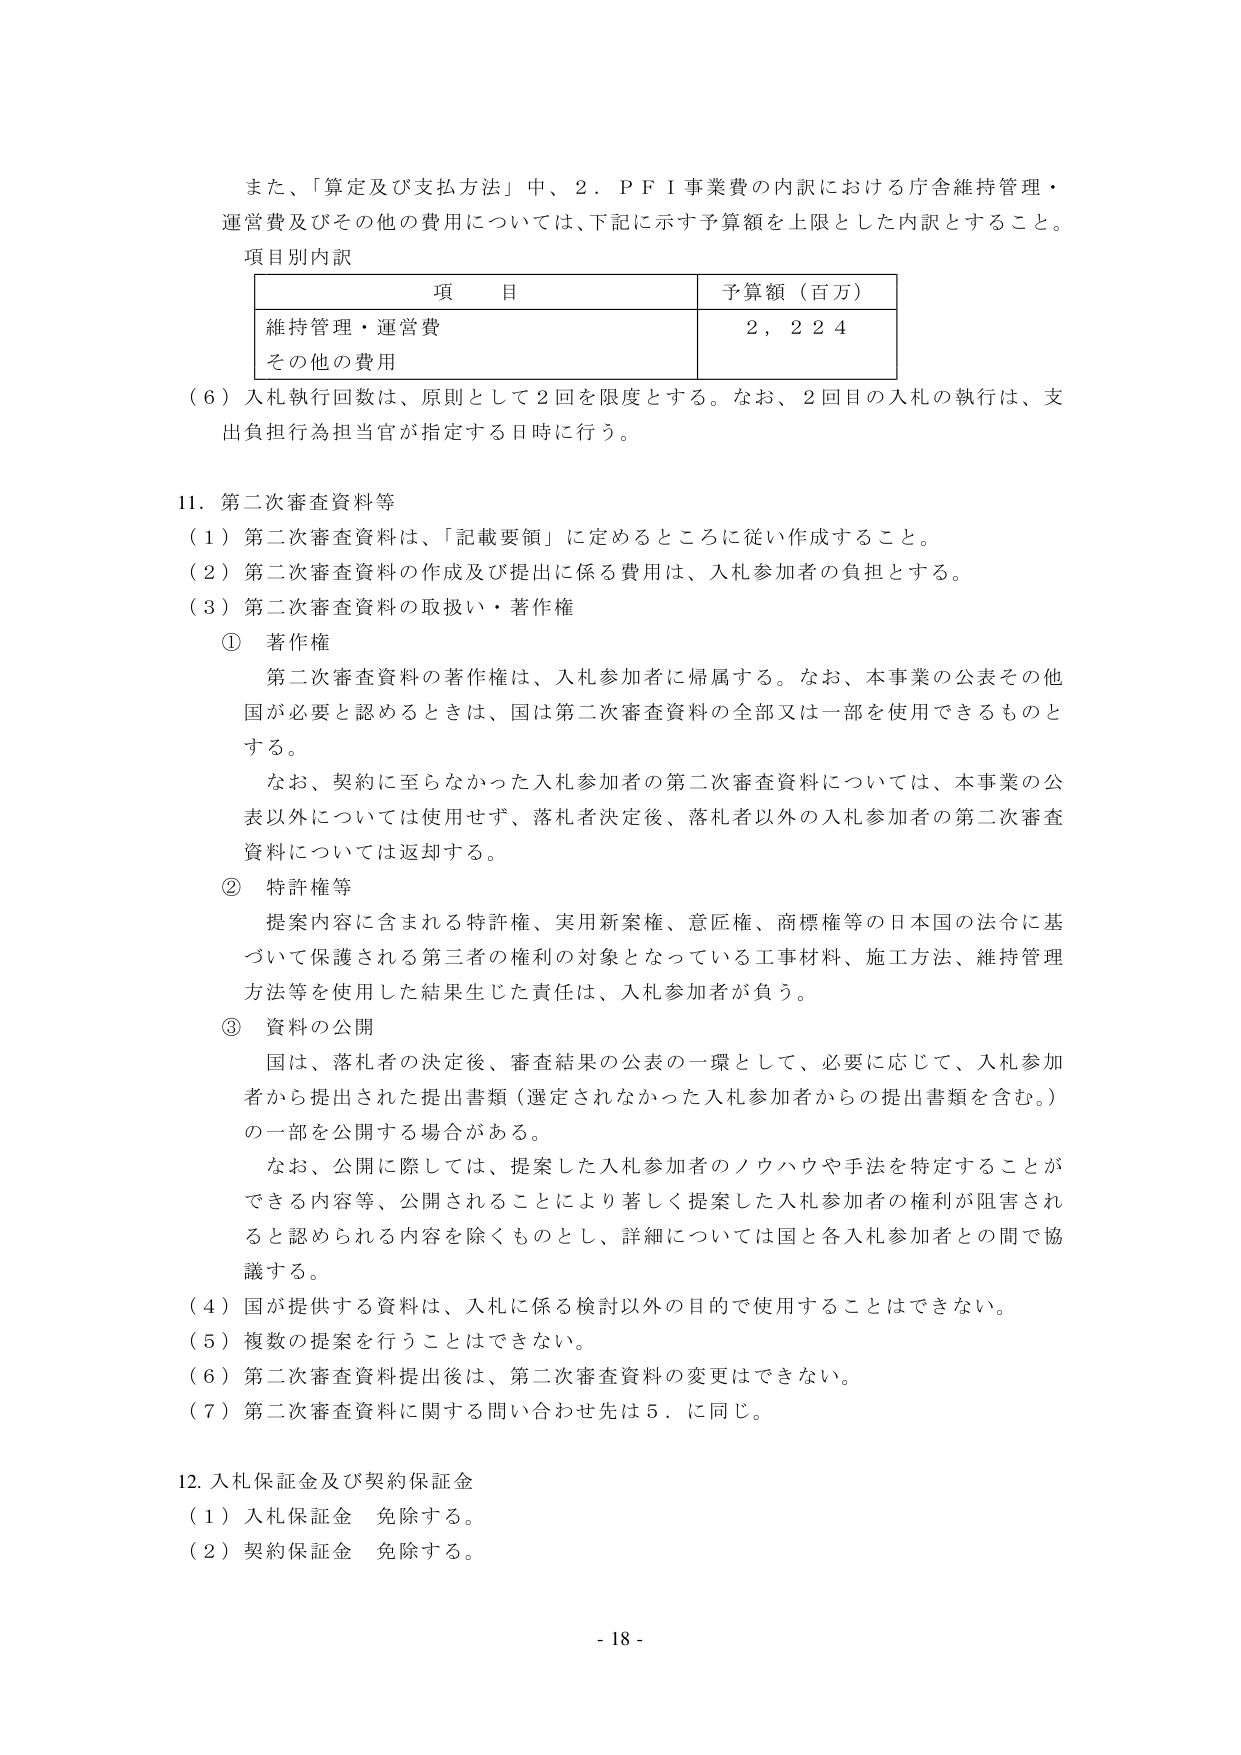
また、「算定及び支払方法」中、２．ＰＦＩ事業費の内訳における庁舎維持管理・運営費及びその他の費用については、下記に示す予算額を上限とした内訳とすること。

項目別内訳

| 項目 | 予算額（百万） |
|------|----------------|
| 維持管理・運営費 | ２，２２４ |
| その他の費用 | |

（６）入札執行回数は、原則として２回を限度とする。なお、２回目の入札の執行は、支出負担行為担当官が指定する日時に行う。

11．第二次審査資料等

（１）第二次審査資料は、「記載要領」に定めるところに従い作成すること。

（２）第二次審査資料の作成及び提出に係る費用は、入札参加者の負担とする。

（３）第二次審査資料の取扱い・著作権

① 著作権

第二次審査資料の著作権は、入札参加者に帰属する。なお、本事業の公表その他国が必要と認めるときは、国は第二次審査資料の全部又は一部を使用できるものとする。

なお、契約に至らなかった入札参加者の第二次審査資料については、本事業の公表以外については使用せず、落札者決定後、落札者以外の入札参加者の第二次審査資料については返却する。

② 特許権等

提案内容に含まれる特許権、実用新案権、意匠権、商標権等の日本国の法令に基づいて保護される第三者の権利の対象となっている工事材料、施工方法、維持管理方法等を使用した結果生じた責任は、入札参加者が負う。

③ 資料の公開

国は、落札者の決定後、審査結果の公表の一環として、必要に応じて、入札参加者から提出された提出書類（選定されなかった入札参加者からの提出書類を含む。）の一部を公開する場合がある。

なお、公開に際しては、提案した入札参加者のノウハウや手法を特定することができる内容等、公開されることにより著しく提案した入札参加者の権利が阻害されると認められる内容を除くものとし、詳細については国と各入札参加者との間で協議する。

（４）国が提供する資料は、入札に係る検討以外の目的で使用することはできない。

（５）複数の提案を行うことはできない。

（６）第二次審査資料提出後は、第二次審査資料の変更はできない。

（７）第二次審査資料に関する問い合わせ先は５．に同じ。

12．入札保証金及び契約保証金

（１）入札保証金　免除する。

（２）契約保証金　免除する。

- 18 -